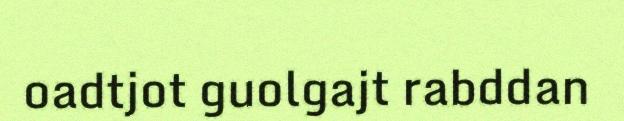
oadtjot guolgajt rabddan